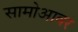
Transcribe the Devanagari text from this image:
सामोआवर